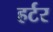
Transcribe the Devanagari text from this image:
हर्टर